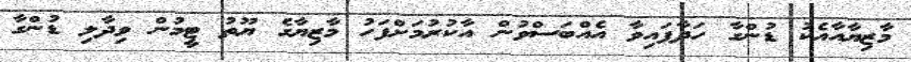
މާޒިޔާއާއެކު ޑުންގާ ހަދާފައިވާ އެއްބަސްވުން އާކުރުމަށްފަހު މާޒިޔާގެ ޔޫތު ޓީމުން ވިދާލި ޑުންގާ